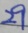
2 9